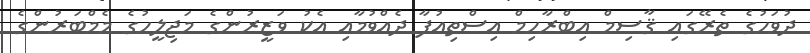
ދުވަހުގެ ތެރޭގައި ޤާސިމް އިބްރާހިމް އިސްތިއުފާ ދެއްވުމާއި އެކު ވަޒީރުންގެ މަޖިލީހުގެ މެމްބަރުންގެ